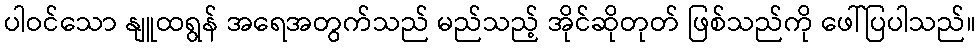
ပါဝင်သော နျူထရွန် အရေအတွက်သည် မည်သည့် အိုင်ဆိုတုတ် ဖြစ်သည်ကို ဖေါ်ပြပါသည်။